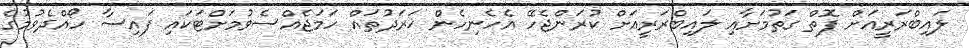
ލައިބްރަރީއަށް ފޮތް ގަތުމަށާއި ލައިބްރަރީއަށް ކުރަންޖެހޭ އެހެނިހެން ޚަރަދުތައް ހަމަޖެއްސެވުމަށްޓަކައި ފައިސާ ހޯއްދެވުމުގެ